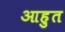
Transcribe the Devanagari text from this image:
आहुत